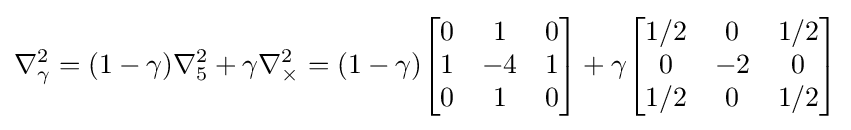
\nabla _{\gamma }^{2}=(1-\gamma )\nabla _{5}^{2}+\gamma \nabla _{\times }^{2}=(1-\gamma ){\begin{bmatrix}0&1&0\\1&-4&1\\0&1&0\end{bmatrix}}+\gamma {\begin{bmatrix}1/2&0&1/2\\0&-2&0\\1/2&0&1/2\end{bmatrix}}